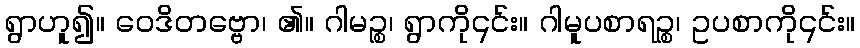
ရွာဟူ၍။ ဝေဒိတဗ္ဗော၊ ၏။ ဂါမဉ္စ၊ ရွာကို၎င်း။ ဂါမူပစာရဉ္စ၊ ဥပစာကို၎င်း။